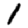
Digit: 1